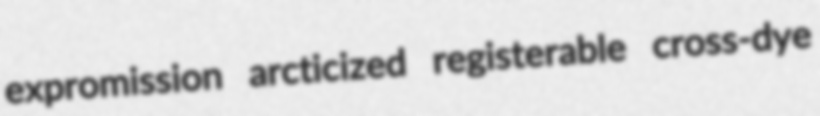
expromission arcticized registerable cross-dye